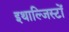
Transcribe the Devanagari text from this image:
इथाल्जिस्टों